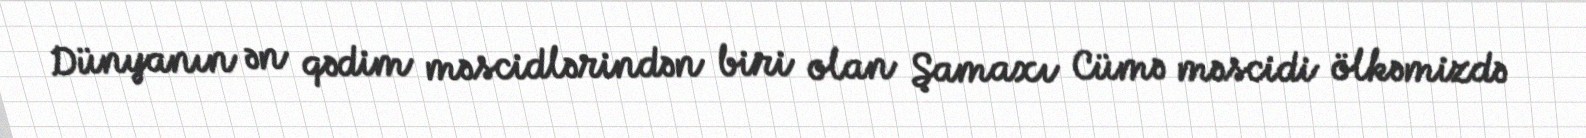
Dünyanın ən qədim məscidlərindən biri olan Şamaxı Cümə məscidi ölkəmizdə